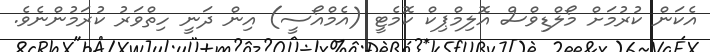
އެކަން ކުރުމަށް މޯލްޑިވްސް އޮލިމްޕިކް ކޮމެޓީ (އެމްއޯސީ) އިން ދަނީ ހިތްވަރު ކުރަމުންނެވެ.